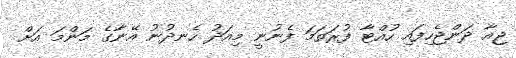
ޖިއާ ދަންޖެހިފައި ހުއްޓާ ފުރަތަމަ ފެނުނީ މިއަދު ހެނދުނު އޭނާގެ މަންމަ އަށް